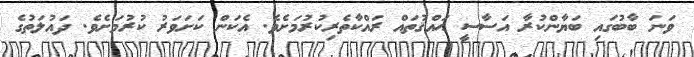
ވަނަ ބާބުގައި ބަޔާންކުރާ އަސާސީ ޙައްޤުތައް ރައްކާތެރިކުރުމަށެވެ. އެކަން ކަށަވަރު ކުރުމަށެވެ. ދައުލަތުގެ